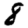
Digit: 8